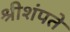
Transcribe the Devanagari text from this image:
श्रीशंपते